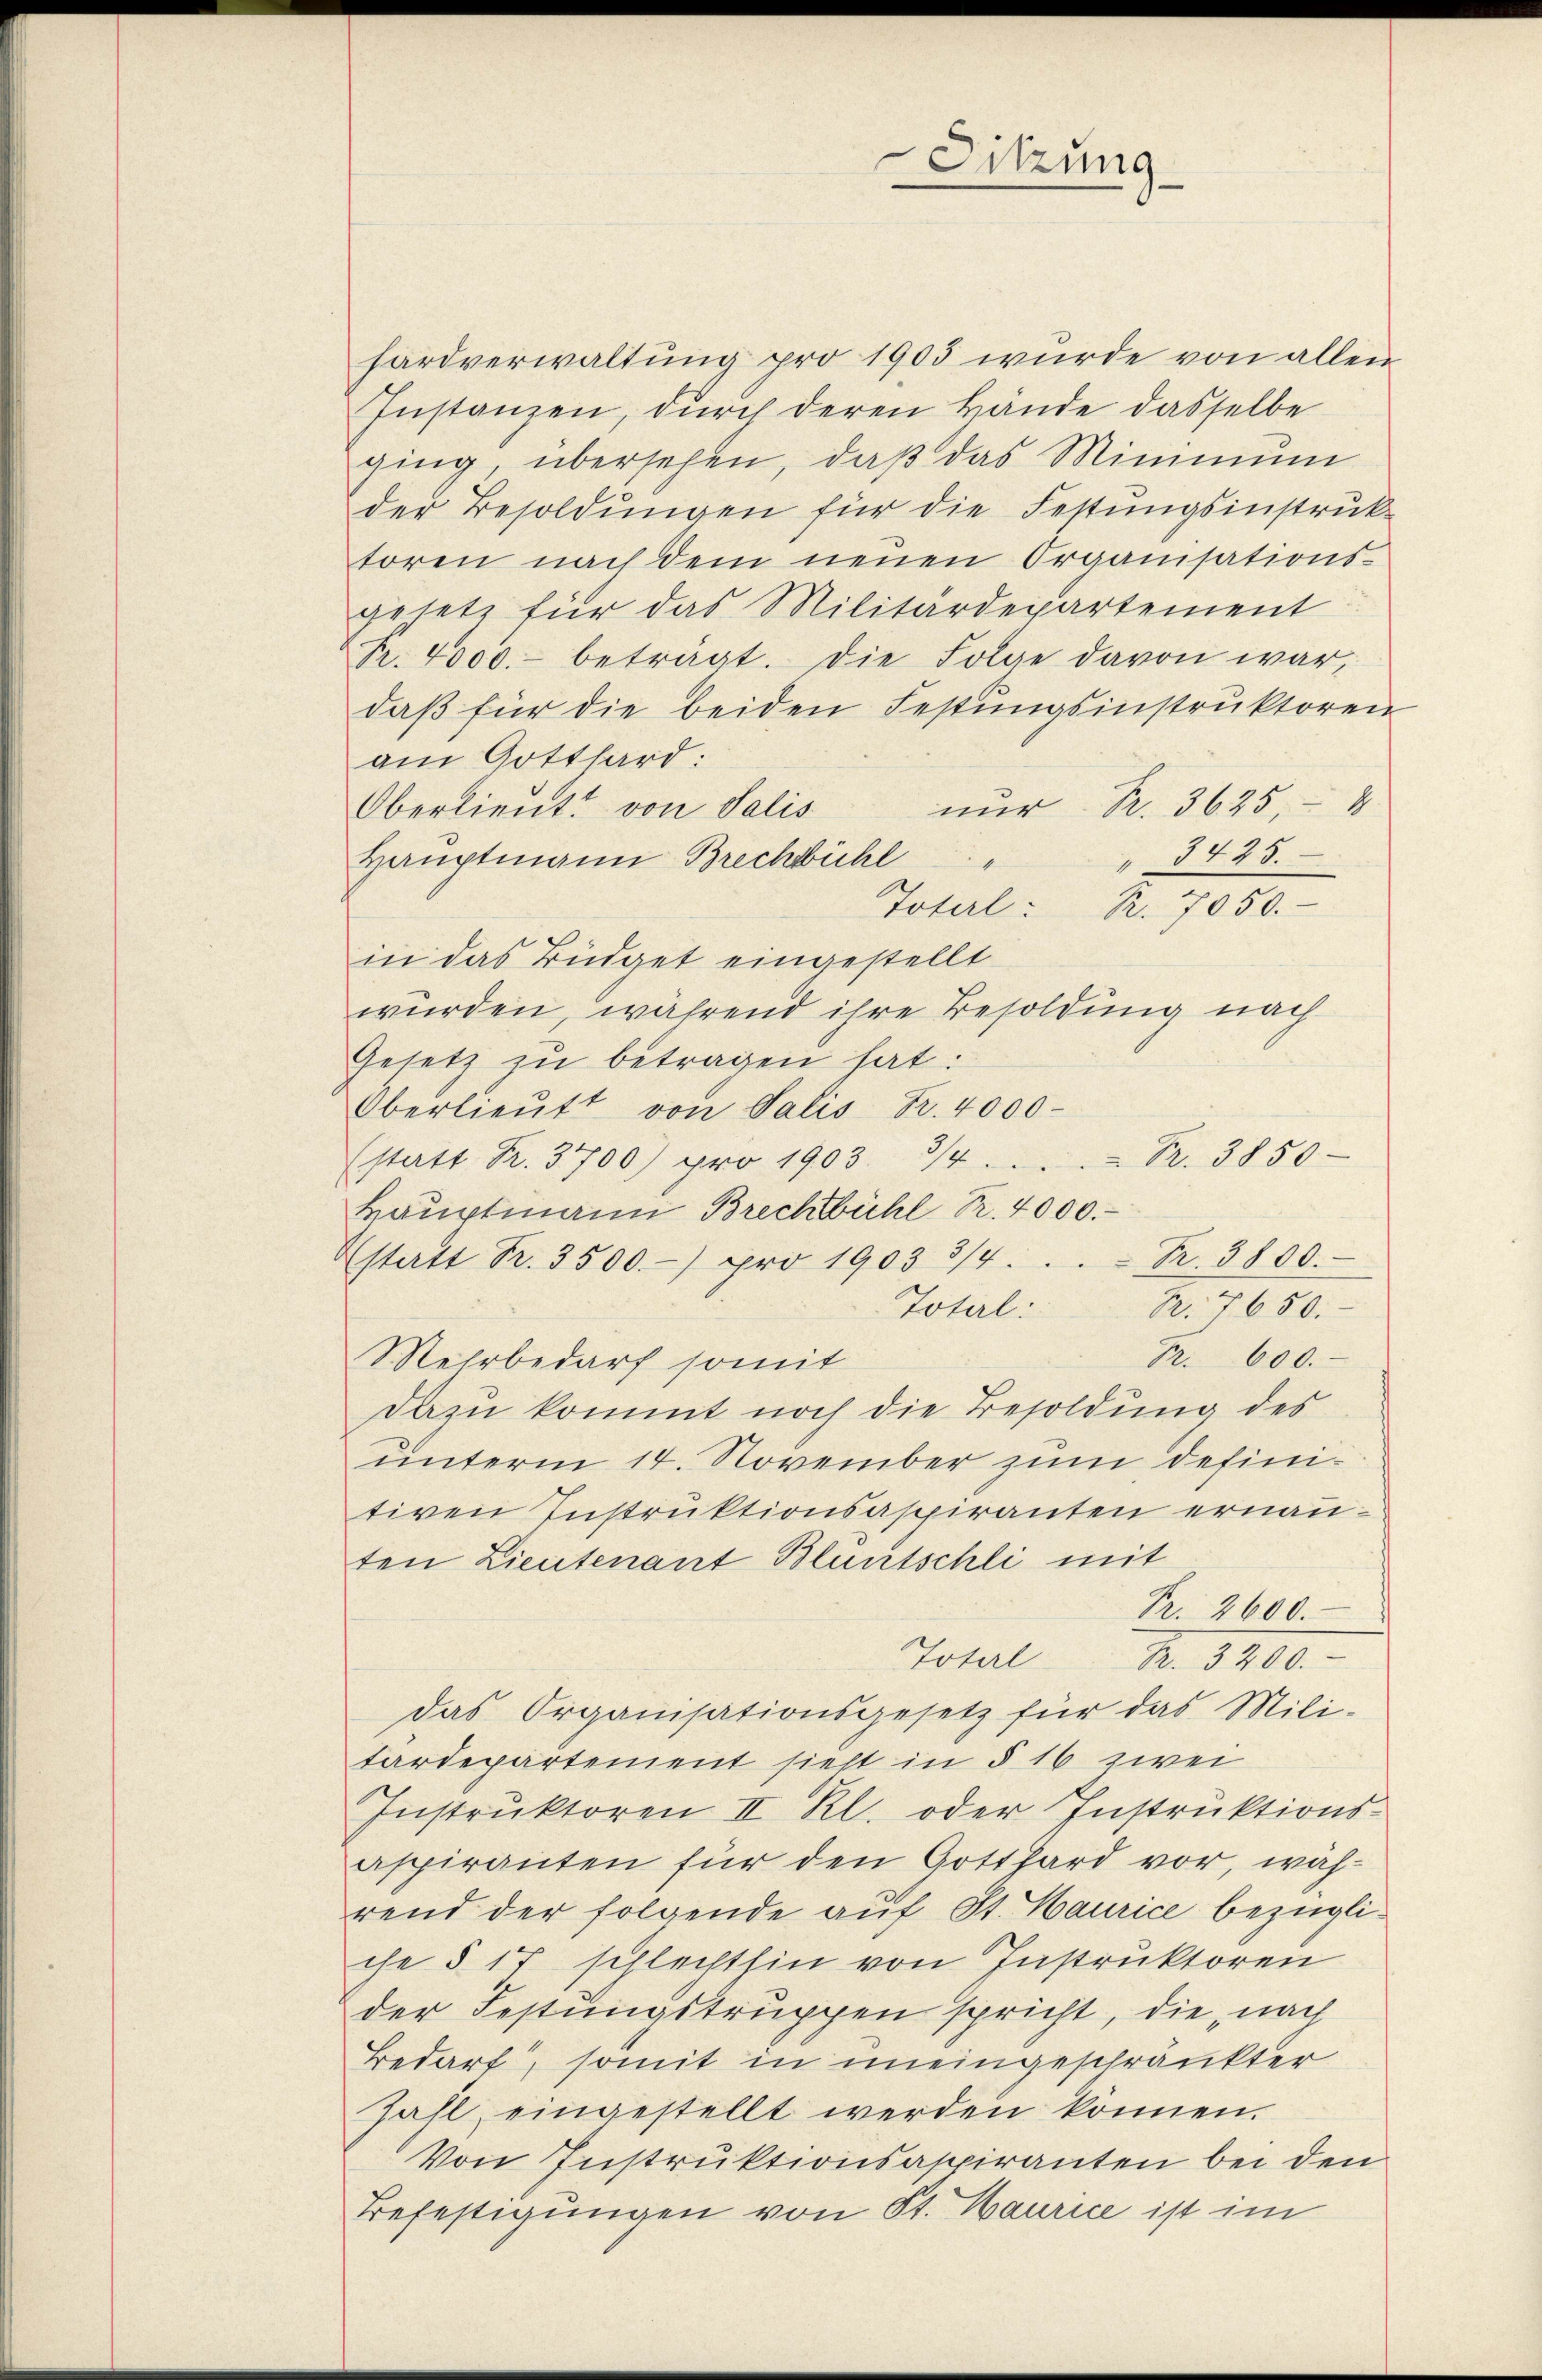
hardverwaltung pro 1903 wurde von allen
Instanzen, durch deren Hände dasselbe
ging, übersehen, daβ das Minimum
der Besoldŭngen für die Festungsinstruk-
toren nach dem neuen Organisations-
gesetz für das Militärdepartement
Pr. 4000.- beträgt. Die Folge davon war,
daβ für die beiden Festungsinstruktoren
am Gotthard:
nur Fr. 3625, 4
Oberlieut. von Salis
" 3435.
Hauptmann Brechbühl
Total: R. 7050.
in das Büdget eingestellt
würden, während ihre Besoldung nach
Gesetz zu betragen hat:
Oberlieŭtt von Salis Fr. 4000
(statt Fr. 3700) pro 1903 3/4. Pr. 3850-
Haŭptmann Brechtbühl Sr. 4000.
Nr. 3800.
Estatt Fr. 3500.-) pro 1903 3/4.
B. 7650.
Total:
Br. 600.
Mehrbedarf somit
dazu kommt noch die Besoldung des
unterm 14. November zum definitiven Instruktionsaspiranten ernauten Lieutenant Bluntschli mit
Fr. 2600.
Total Nr. 3900.
das Organisationsgesetz für das Mili-
tardepartement sieht in § 16 zwei
Instruktoren II Kl. oder Instruktionsaspiranten für den Gotthard vor, während der folgende auf St. Maurice bezügliche § 17 schlechthin von Instruktoren
der Festungstruppen spricht, die nach
Bedarf, somit in uneingeschränkter
Zahl eingestellt werden können.
Von Instruktionsaspiranten bei den
Befestigungen von St. Maurice ist im

Sitzung